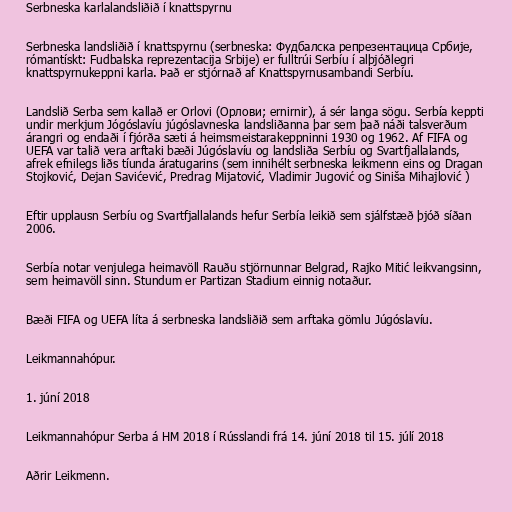
Serbneska karlalandsliðið í knattspyrnu

Serbneska landsliðið í knattspyrnu (serbneska: Фудбалска репрезентацица Србије,
rómantískt: Fudbalska reprezentacija Srbije) er fulltrúi Serbíu í alþjóðlegri
knattspyrnukeppni karla. Það er stjórnað af Knattspyrnusambandi Serbíu.

Landslið Serba sem kallað er Orlovi (Орлови; ernirnir), á sér langa sögu. Serbía keppti
undir merkjum Jógóslavíu júgóslavneska landsliðanna þar sem það náði talsverðum
árangri og endaði í fjórða sæti á heimsmeistarakeppninni 1930 og 1962. Af FIFA og
UEFA var talið vera arftaki bæði Júgóslavíu og landsliða Serbíu og Svartfjallalands,
afrek efnilegs liðs tíunda áratugarins (sem innihélt serbneska leikmenn eins og Dragan
Stojković, Dejan Savićević, Predrag Mijatović, Vladimir Jugović og Siniša Mihajlović )

Eftir upplausn Serbíu og Svartfjallalands hefur Serbía leikið sem sjálfstæð þjóð síðan
2006.

Serbía notar venjulega heimavöll Rauðu stjörnunnar Belgrad, Rajko Mitić leikvangsinn,
sem heimavöll sinn. Stundum er Partizan Stadium einnig notaður.

Bæði FIFA og UEFA líta á serbneska landsliðið sem arftaka gömlu Júgóslavíu.

Leikmannahópur.

1. júní 2018

Leikmannahópur Serba á HM 2018 í Rússlandi frá 14. júní 2018 til 15. júlí 2018

Aðrir Leikmenn.